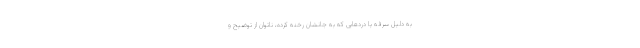
به دلیل سرفه یا دردهایی که به جانشان رخنه کرده، ناتوان از توضیح و